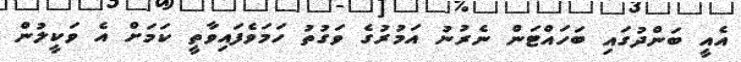
އެއީ ބަންދުގައި ބަހައްޓަން ނެރުނު އަމުރުގެ ވަގުތު ހަމަވެފައިވާތީ ކަމަށް އެ ވަކީލުން